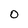
Character: O